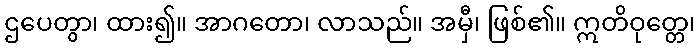
ဌပေတွာ၊ ထား၍။ အာဂတော၊ လာသည်။ အမှီ၊ ဖြစ်၏။ ဣတိဝုတ္တေ၊